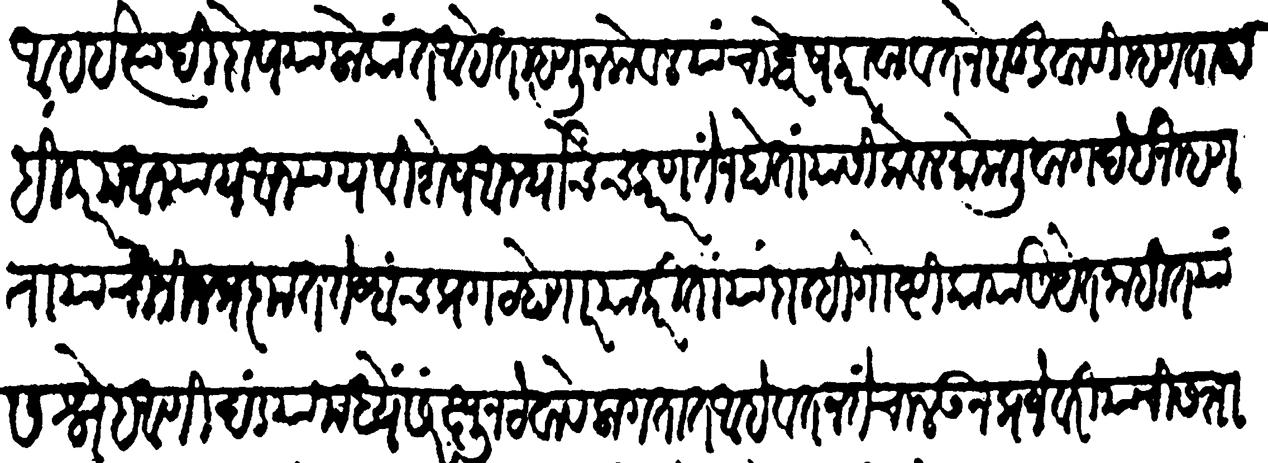
Transliteration (Devanagari): आहे इत्यादि दोष या लोकांत आहेत म्हणून केवळ यांचा द्वेष करावा वतनें बुडवार्वी म्हणता हा ही परम अन्याय अन्याय विशेष अनर्थाचेंच कारण तें न होता यांसी वेवळ मोकळी वाग देईन म्हणता यांची निजप्रकृत तेव्हाच प्रगट होणार याकरितां या दोन्ही गोष्टी कार्यास येत नाहींत यास स्नेह आणि दंड यांमध्ये संरक्षून ठेवावे लागतात आहे वतन तें चालऊन प्रजेवरी यांची सत्ता